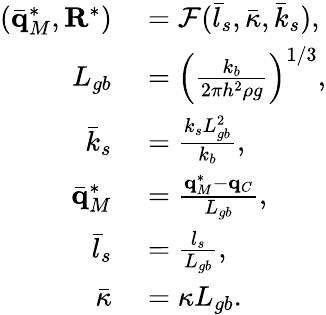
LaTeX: \begin{array}{rl}{(\bar{\mathbf q}_{M}^{*},\mathbf R^{*})}&{{}=\mathcal{F}(\bar{l}_{s},\bar{\kappa},\bar{k}_{s}),}\\ {L_{gb}}&{{}=\left(\frac{k_{b}}{2\pi h^{2}\rho g}\right)^{1/3},}\\ {\bar{k}_{s}}&{{}=\frac{k_{s}L_{gb}^{2}}{k_{b}},}\\ {\bar{\mathbf q}_{M}^{*}}&{{}=\frac{\mathbf q_{M}^{*}-\mathbf q_{C}}{L_{gb}},}\\ {\bar{l}_{s}}&{{}=\frac{l_{s}}{L_{gb}},}\\ {\bar{\kappa}}&{{}=\kappa L_{gb}.}\end{array}